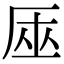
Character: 𠩟